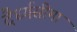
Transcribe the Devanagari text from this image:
दैर्ध्यसीमा